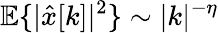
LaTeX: {\mathbb E}\{ |\hat{x}[k]|^{2}\} \sim|k|^{-\eta}